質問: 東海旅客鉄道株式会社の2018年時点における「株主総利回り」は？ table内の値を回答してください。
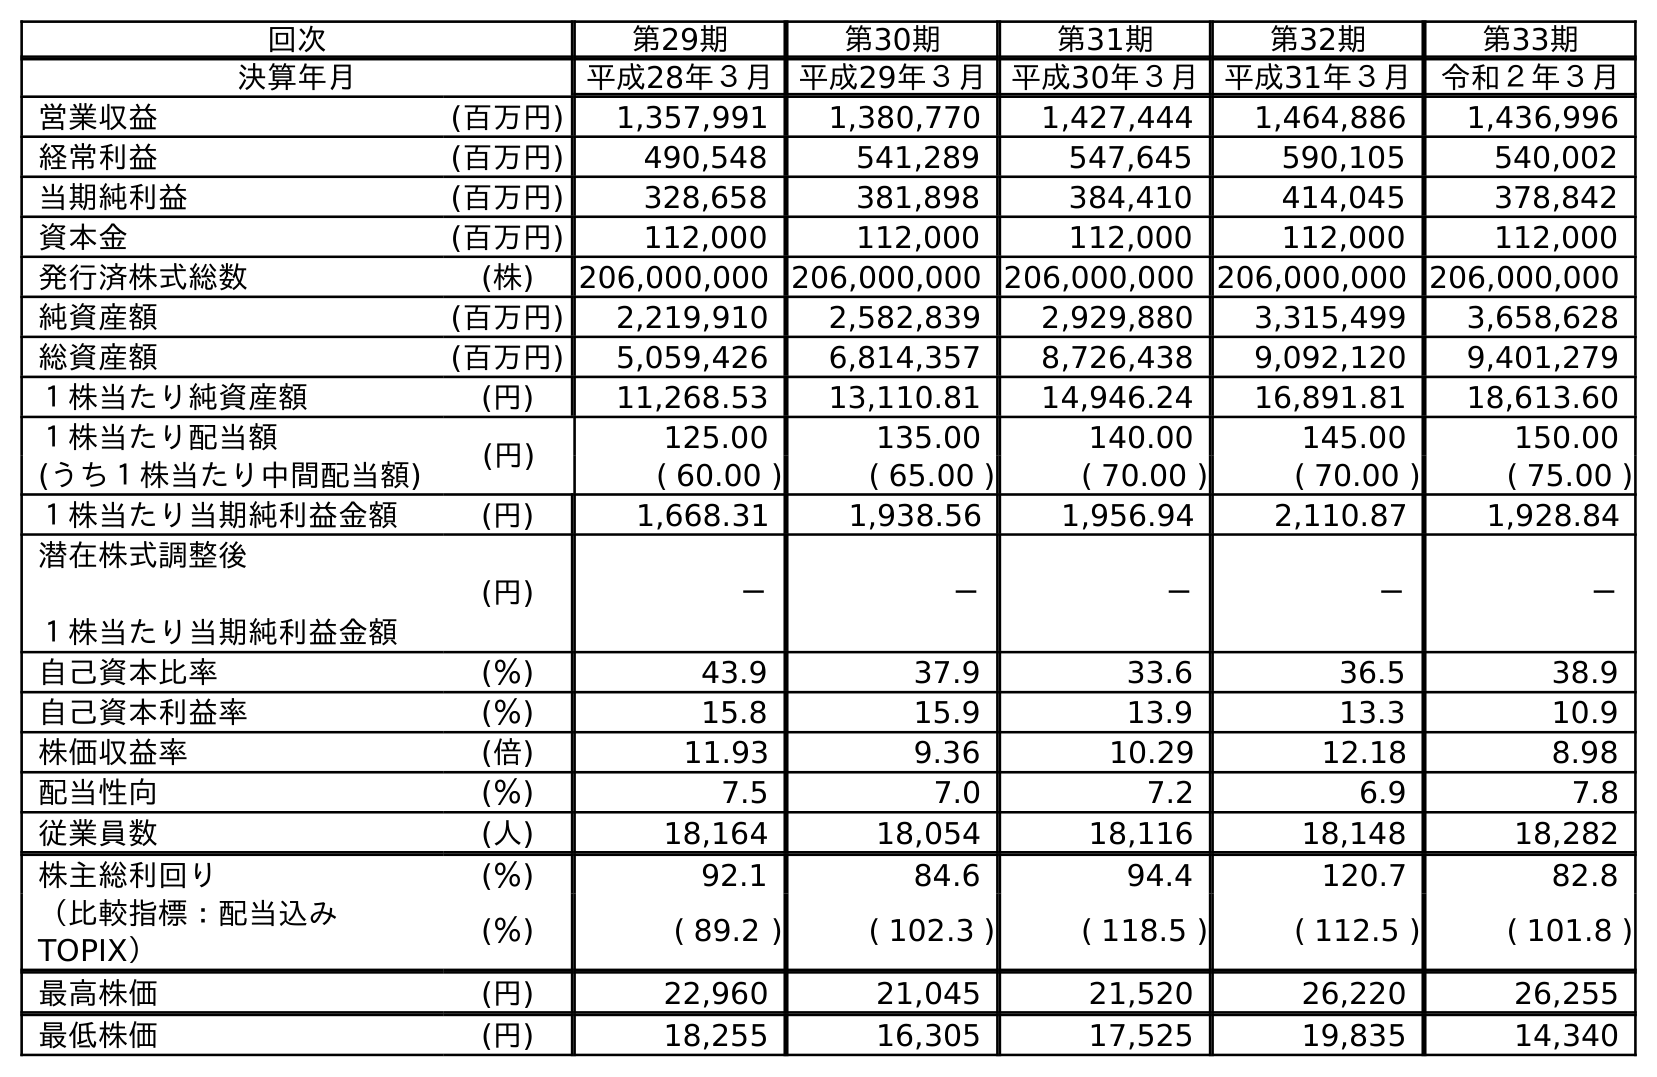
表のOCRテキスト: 回次 第29期 第30期 第31期 第32期 第33期 決算年月 平成28年３月 平成29年３月 平成30年３月 平成31年３月 令和２年３月 営業収益 (百万円) 1,357,991 1,380,770 1,427,444 1,464,886 1,436,996 経常利益 (百万円) 490,548 541,289 547,645 590,105 540,002 当期純利益 (百万円) 328,658 381,898 384,410 414,045 378,842 資本金 (百万円) 112,000 112,000 112,000 112,000 112,000 発行済株式総数 (株) 206,000,000 206,000,000 206,000,000 206,000,000 206,000,000 純資産額 (百万円) 2,219,910 2,582,839 2,929,880 3,315,499 3,658,628 総資産額 (百万円) 5,059,426 6,814,357 8,726,438 9,092,120 9,401,279 １株当たり純資産額 (円) 11,268.53 13,110.81 14,946.24 16,891.81 18,613.60 １株当たり配当額 (円) 125.00 135.00 140.00 145.00 150.00 (うち１株当たり中間配当額) ( 60.00 ) ( 65.00 ) ( 70.00 ) ( 70.00 ) ( 75.00 ) １株当たり当期純利益金額 (円) 1,668.31 1,938.56 1,956.94 2,110.87 1,928.84 潜在株式調整後 １株当たり当期純利益金額 (円) － － － － － 自己資本比率 (％) 43.9 37.9 33.6 36.5 38.9 自己資本利益率 (％) 15.8 15.9 13.9 13.3 10.9 株価収益率 (倍) 11.93 9.36 10.29 12.18 8.98 配当性向 (％) 7.5 7.0 7.2 6.9 7.8 従業員数 (人) 18,164 18,054 18,116 18,148 18,282 株主総利回り (％) 92.1 84.6 94.4 120.7 82.8 （比較指標：配当込み TOPIX） (％) ( 89.2 ) ( 102.3 ) ( 118.5 ) ( 112.5 ) ( 101.8 ) 最高株価 (円) 22,960 21,045 21,520 26,220 26,255 最低株価 (円) 18,255 16,305 17,525 19,835 14,340
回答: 94.4